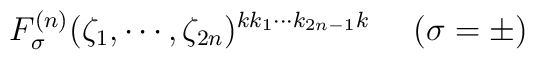
F_\sigma^{(n)}(\zeta_1 , \cdots , \zeta_{2n})^{kk_1 \cdots k_{2n-1}k} ~~~~ (\sigma =\pm)